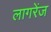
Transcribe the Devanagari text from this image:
लागरेंज